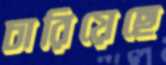
চারিয়েছে